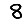
Digit: 8